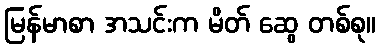
မြန်မာစာ အသင်းက မိတ် ဆွေ တစ်စု။